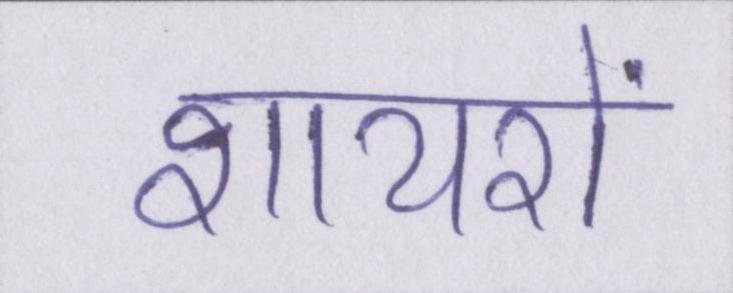
शायरों